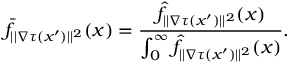
\bar { f } _ { | | \nabla \tau ( x ^ { \prime } ) | | ^ { 2 } } ( x ) = \frac { \hat { f } _ { | | \nabla \tau ( x ^ { \prime } ) | | ^ { 2 } } ( x ) } { \int _ { 0 } ^ { \infty } \hat { f } _ { | | \nabla \tau ( x ^ { \prime } ) | | ^ { 2 } } ( x ) } .